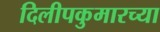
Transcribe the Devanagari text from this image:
दिलीपकुमारच्या